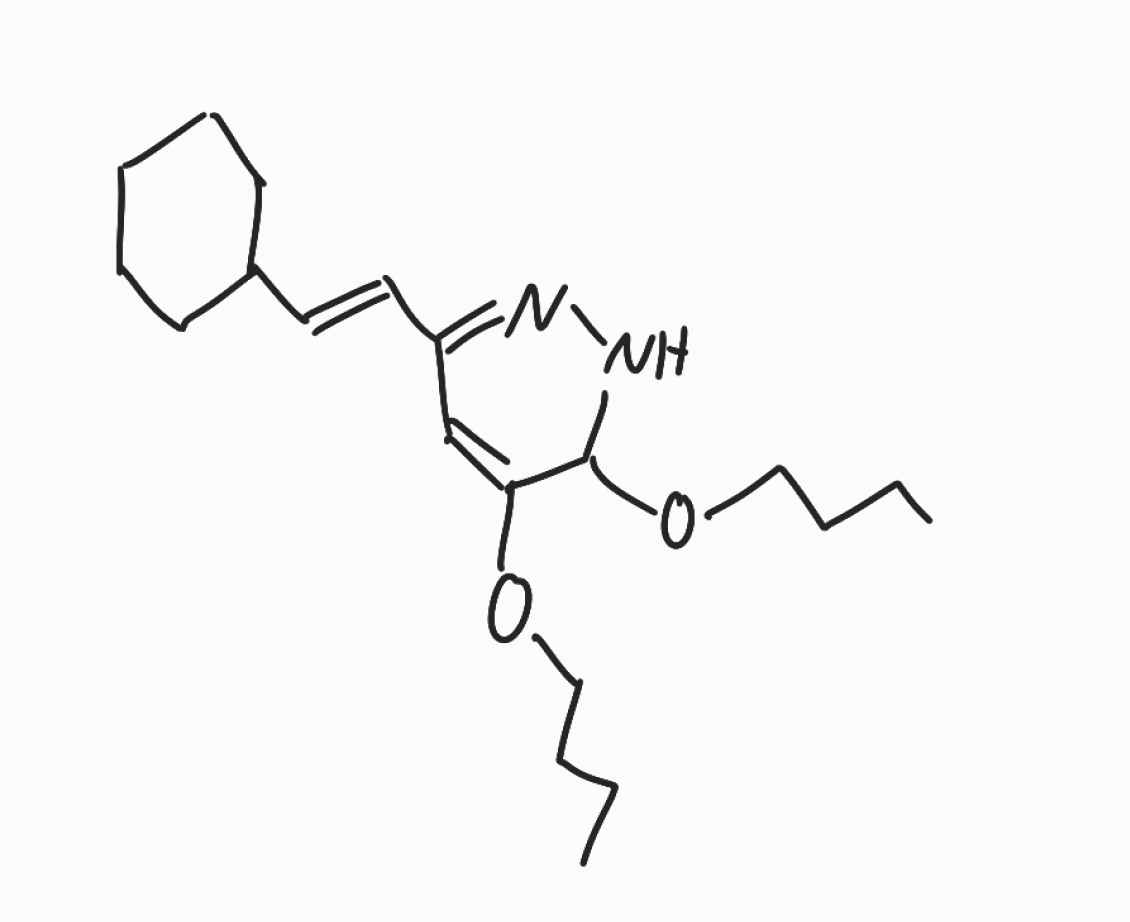
Simplified molecular-input line-entry system (SMILES) notation of the given molecule:
CCCCOC1C(=CC(=NN1)/C=C/C2CCCCC2)OCCCC